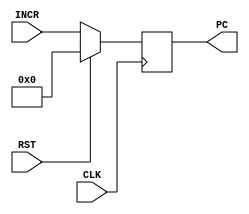
`timescale 1ns / 1ps

module PC(INCR, CLK, RST, PC);
	
	input [31:0] INCR;
   input CLK, RST;
   output reg [31:0] PC;
		
	always @(posedge CLK)
	begin
	// Need to put reset here to always have a PC value
		if (RST) begin
			PC <= 0;
		end else	begin
			PC <= INCR;
		end
	end

endmodule